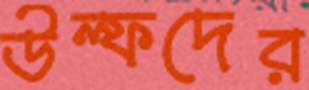
উল্ফদের